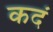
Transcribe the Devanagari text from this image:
कदं